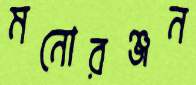
মনোরঞ্জন